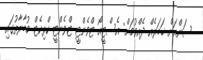
ސަންއަށް ޚަބަރެއް ދެއްވުމަށް: އެސްޓީއޯ ޓްވެންޓީ ޓްވެންޓީ ކްރިކެޓް މުބާރާތުގައި